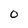
Character: O